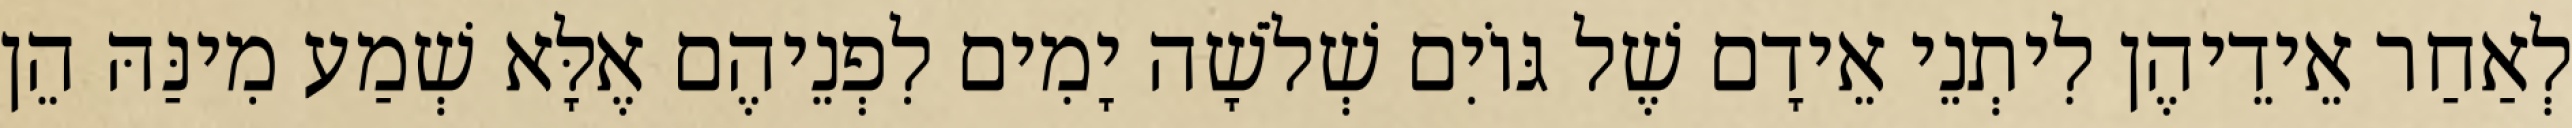
לְאַחַר אֵידֵיהֶן לִיתְנֵי אֵידָם שֶׁל גּוֹיִם שְׁלֹשָׁה יָמִים לִפְנֵיהֶם אֶלָּא שְׁמַע מִינַּהּ הֵן